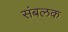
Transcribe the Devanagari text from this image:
संबलक